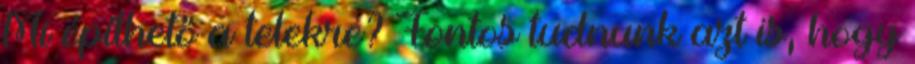
Mi építhető a telekre? Fontos tudnunk azt is, hogy